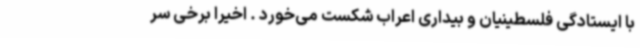
با ایستادگی فلسطینیان و بیداری اعراب شکست می‌خورد . اخیرا برخی سر